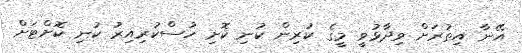
އޭނާ އިތުރަށް ވިދާޅުވީ މީގެ ކުރިން ކުނި ކޮށި ހުސްކުރިއިރު ކުނި ކޮށްޓަށް